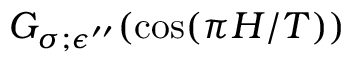
G _ { \sigma ; \epsilon ^ { \prime \prime } } ( \cos ( \pi H / T ) )